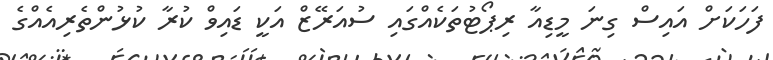
ފަހަކަށް އައިސް ގިނަ މީޑިއާ ރިޕޯޓުތަކެއްގައި ސުއަރޭޒް އަކީ ޑައިވް ކުރާ ކުޅުންތެރިއެއްގެ